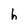
Character: h